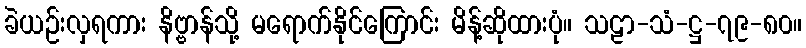
ခဲယဉ်းလှရကား နိဗ္ဗာန်သို့ မရောက်နိုင်ကြောင်း မိန့်ဆိုထားပုံ။ သဠာ-သံ-ဋ္ဌ-၇၉-၈၀။